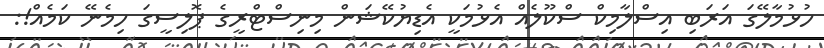
ހުޅުމާލޭގަ އަރަބި އިސްލާމިކް ސްކޫލެއް އެޅުމަކީ އެޑިޔުކޭޝަން މިނިސްޓްރީގެ ޕޮލިސީގަ ހިމެނޭ ކަމެއް!: